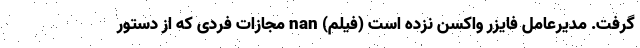
گرفت. مدیرعامل فایزر واکسن نزده است (فیلم) nan مجازات فردی که از دستور